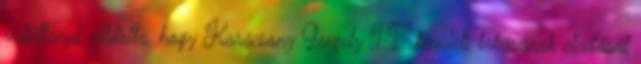
valótlanul állította, hogy Karácsony Gergely II. kerületi lakásának eladását